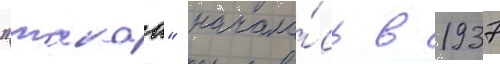
"такао" начала́сь в 1937